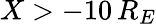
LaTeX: X>-10\, R_{E}